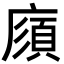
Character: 𢊼